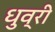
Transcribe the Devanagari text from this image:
धुव्री